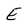
Character: E